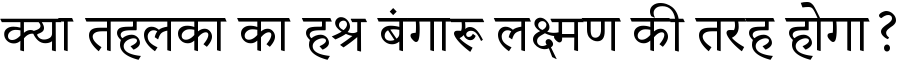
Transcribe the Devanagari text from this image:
क्या तहलका का हश्र बंगारू लक्ष्मण की तरह होगा?